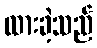
ထားခဲ့သည်